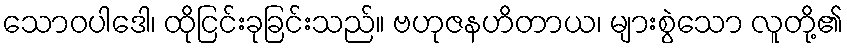
သောဝပါဒေါ၊ ထိုငြင်းခုခြင်းသည်။ ဗဟုဇနဟိတာယ၊ များစွဲသော လူတို့၏